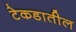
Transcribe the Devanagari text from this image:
टेकडातील